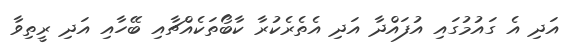
އަދި އެ ގައުމުގައި އުފައްދާ އަދި އެތެރެކުރާ ކާބޯތަކެއްޗާއި ބޭހާއި އަދި ރީތިވާ